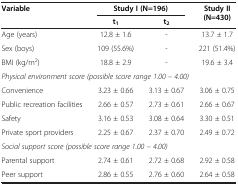
| Variable | <COLSPAN=2> Study I (N=196) | Study II (N=430) |
 | --- | --- | --- | --- |
 |  | t1 | t2 |  |
 | Age (years) | 12.8 ± 1.6 | - | 13.7 ± 1.7 |
 | Sex (boys) | 109 (55.6%) | - | 221 (51.4%) |
 | BMI (kg/m2) | 18.8 ± 2.9 | - | 19.6 ± 3.4 |
 | <COLSPAN=4> Physical environment score (possible score range 1.00 – 4.00) |
 | Convenience | 3.23 ± 0.66 | 3.13 ± 0.67 | 3.06 ± 0.75 |
 | Public recreation facilities | 2.66 ± 0.57 | 2.73 ± 0.61 | 2.66 ± 0.67 |
 | Safety | 3.16 ± 0.53 | 3.08 ± 0.64 | 3.30 ± 0.51 |
 | Private sport providers | 2.25 ± 0.67 | 2.37 ± 0.70 | 2.49 ± 0.72 |
 | <COLSPAN=4> Social support score (possible score range 1.00 – 4.00) |
 | Parental support | 2.74 ± 0.61 | 2.72 ± 0.68 | 2.92 ± 0.58 |
 | Peer support | 2.86 ± 0.55 | 2.76 ± 0.60 | 2.64 ± 0.58 |